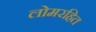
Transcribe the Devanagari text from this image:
लोमरहित